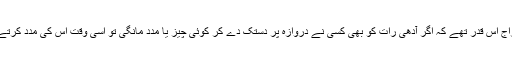
نرم مزاج اس قدر تھے کہ اگر آدھی رات کو بھی کسی نے دروازہ پر دستک دے کر کوئی چیز یا مدد مانگی تو اسی وقت اس کی مدد کرتے تھے۔